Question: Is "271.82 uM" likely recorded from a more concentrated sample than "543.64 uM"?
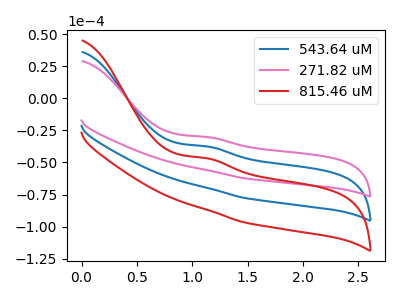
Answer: <think>The blue curve "543.64 uM" has an anodic peak at: (1.15V, -37.50uA). The pink curve "271.82 uM" has an anodic peak at: (1.15V, -30.05uA). The red curve "815.46 uM" has an anodic peak at: (1.15V, -74.95uA).
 All the peaks in "271.82 uM" have a peak in "543.64 uM" at the same potential. Every peak in "271.82 uM" is higher than every peak in "543.64 uM".</think>
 <answer>"271.82 uM" has more signal than "543.64 uM".</answer>
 <eval>more_signal</eval>